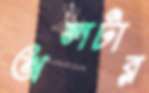
অলটার